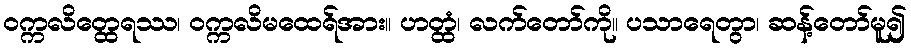
ဝက္ကလိတ္ထေရဿ၊ ဝက္ကလိမထေရ်အား။ ဟတ္ထံ၊ လက်တော်ကို။ ပသာရေတွာ၊ ဆန့်တော်မူ၍